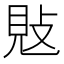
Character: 𢽕